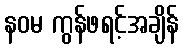
နဝမ ကွန်ဖရင့်အချိန်